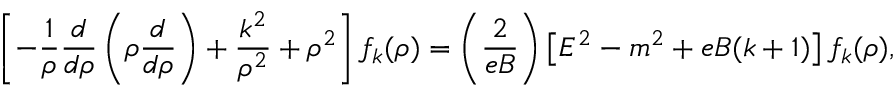
\left[ - \frac { 1 } { \rho } \frac { d } { d \rho } \left( \rho \frac { d } { d \rho } \right) + \frac { k ^ { 2 } } { \rho ^ { 2 } } + \rho ^ { 2 } \right] f _ { k } ( \rho ) = \left( \frac { 2 } { e B } \right) \left[ E ^ { 2 } - m ^ { 2 } + e B ( k + 1 ) \right] f _ { k } ( \rho ) ,